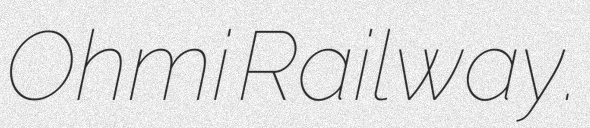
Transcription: Ohmi Railway.